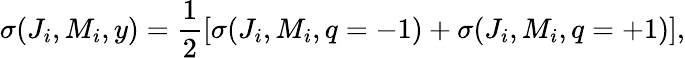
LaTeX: \sigma(J_{i},M_{i},y)=\frac{1}{2}\left[\sigma(J_{i},M_{i},q=-1)+\sigma(J_{i},M_{i},q=+1)\right],